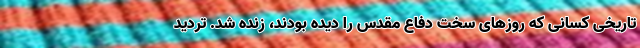
تاریخی کسانی که روزهای سخت دفاع مقدس را دیده بودند، زنده شد. تردید